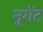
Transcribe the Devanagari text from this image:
नुगेंट